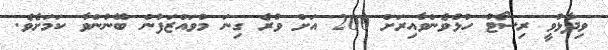
ވިދާޅުވީ ރިސޯޓު ހުޅުވެންވާއިރަށް 200 އަށް ވުރެ ގިނަ މުވައްޒަފުން ބޭނުންވާ ކަމަށެވެ.